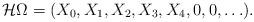
LaTeX: \begin{align*} \mathcal{H}_{}\Omega = (X_0, X_1, X_2, X_3, X_4, 0, 0, \ldots).\end{align*}